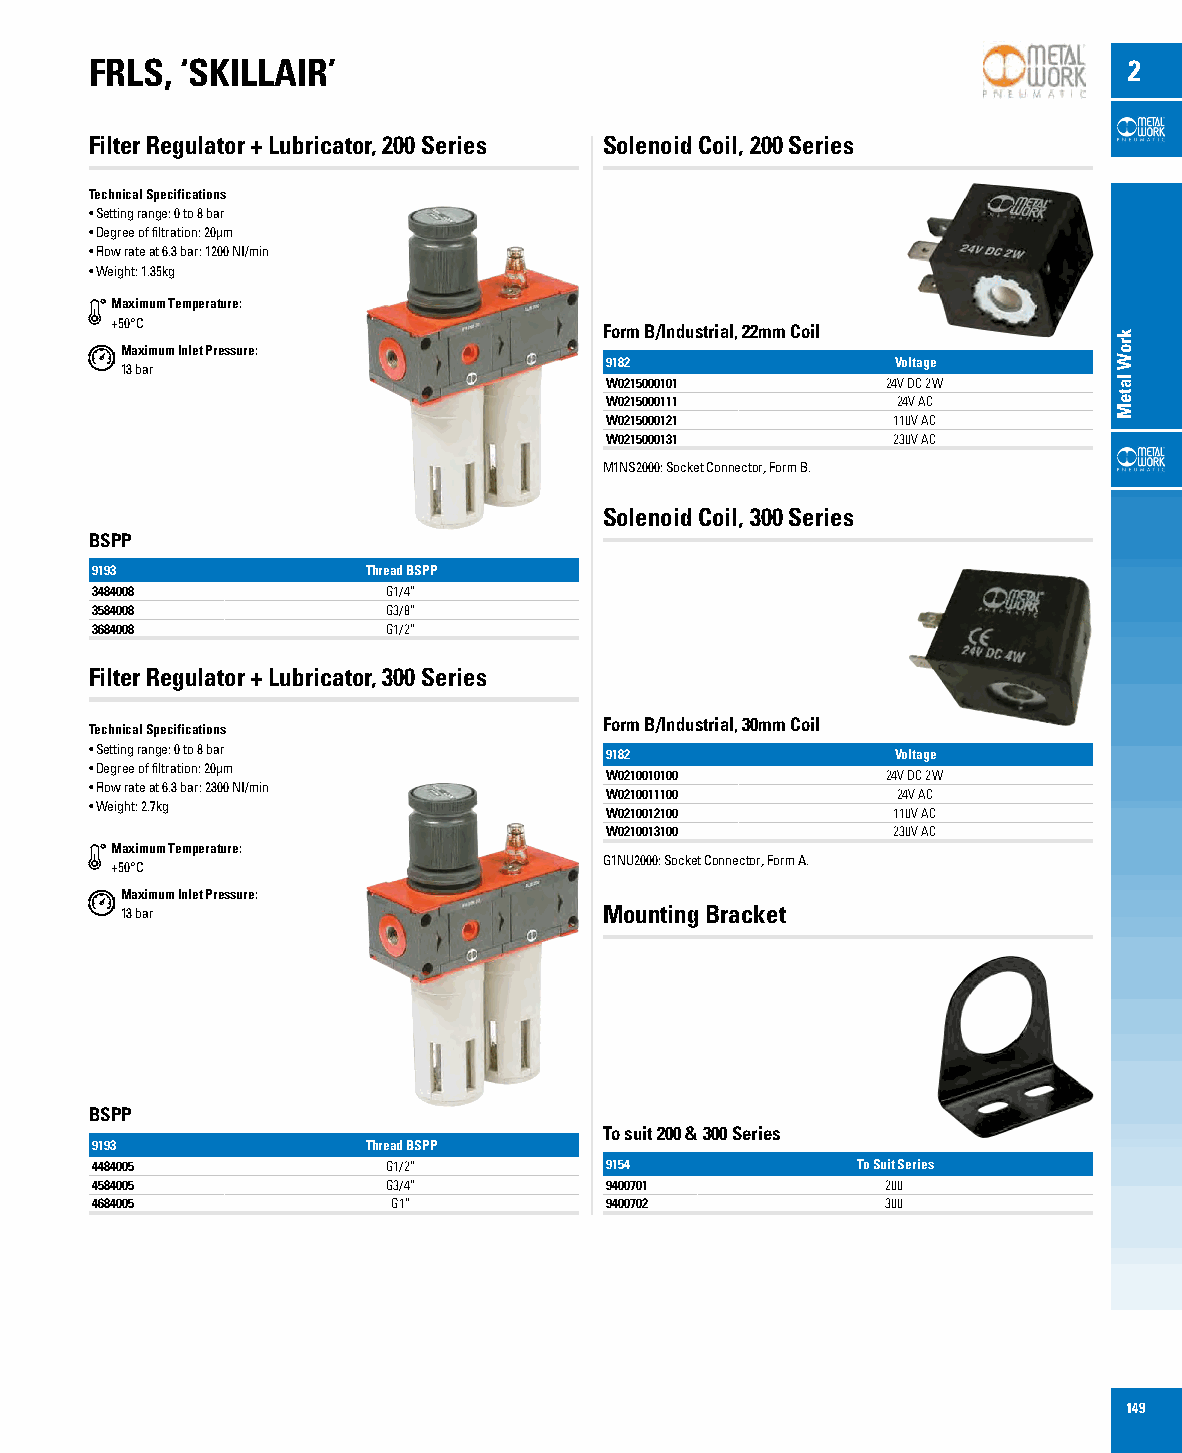
FRLS, ‘SKILLAIR’                                                     2
 Filter Regulator + Lubricator, 200 Series Solenoid Coil, 200 Series
 Technical Specifications
 • Setting range: 0 to 8 bar
 • Degree of filtration: 20µm
 • Flow rate at 6.3 bar: 1200 NI/min
 • Weight: 1.35kg
 Maximum Temperature:
 +50°C
 Form B/Industrial, 22mm Coil
 Maximum Inlet Pressure:
 9182               Voltage
 13 bar
 W0215000101        24V DC 2W
 W0215000111        24V AC
 W0215000121        110V AC
 W0215000131        230V AC
 M1NS2000: Socket Connector, Form B.
 Solenoid Coil, 300 Series
 BSPP
 9193              Thread BSPP
 3484008             G1/4”
 3584008             G3/8”
 3684008             G1/2”
 Filter Regulator + Lubricator, 300 Series
 Form B/Industrial, 30mm Coil
 Technical Specifications
 • Setting range: 0 to 8 bar       9182               Voltage
 • Degree of filtration: 20µm
 W0210010100        24V DC 2W
 • Flow rate at 6.3 bar: 2300 NI/min
 W0210011100        24V AC
 • Weight: 2.7kg
 W0210012100        110V AC
 W0210013100        230V AC
 Maximum Temperature:
 G1NU2000: Socket Connector, Form A.
 +50°C
 Maximum Inlet Pressure:
 13 bar                          Mounting Bracket
 BSPP
 To suit 200 & 300 Series
 9193              Thread BSPP
 4484005             G1/2”         9154             To Suit Series
 4584005             G3/4”         9400701            200
 4684005             G1”           9400702            300
 149
 kroW
 lateM